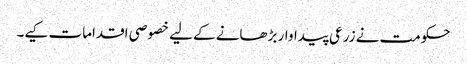
حکومت نے زرعی پیداوار بڑھانے کے لیے خصوصی اقدامات کیے۔